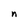
Character: n